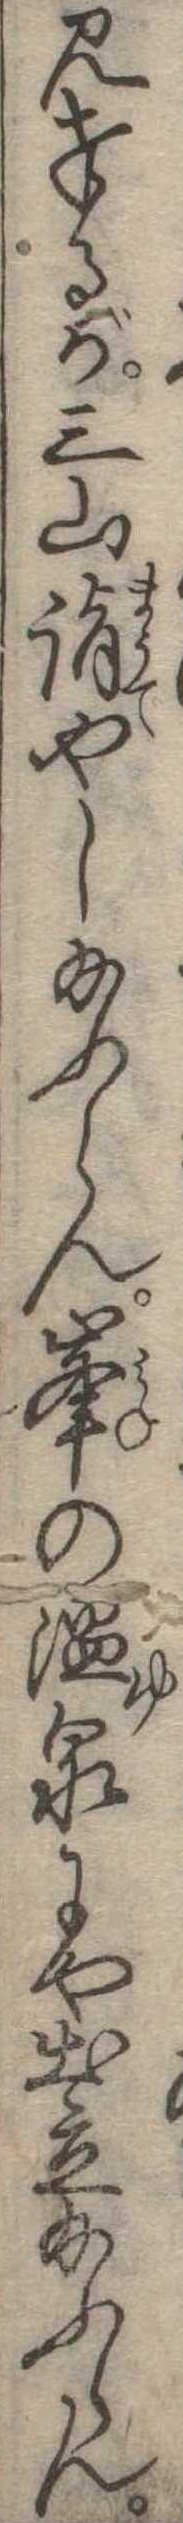
見奉るが三山詣やし給ふらん峰の温泉にや出立給ふらん